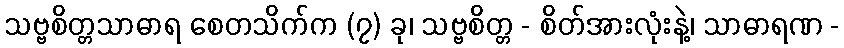
သဗ္ဗစိတ္တသာဓာရ စေတသိက်က (၇) ခု၊ သဗ္ဗစိတ္တ - စိတ်အားလုံးနဲ့၊ သာဓာရဏ -